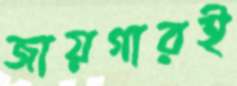
জায়গারই